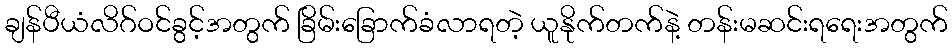
ချန်ပီယံလိဂ်ဝင်ခွင့်အတွက် ခြိမ်းခြောက်ခံလာရတဲ့ ယူနိုက်တက်နဲ့ တန်းမဆင်းရရေးအတွက်